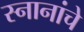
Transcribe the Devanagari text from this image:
स्नानांचे